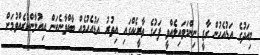
މިއަދުގެ އަޑުއެހުން ގާޒީ ނިންމަވައިލެއްވީ ފަހުގެ ތާރީޚެއްގައި އިތުރު އަޑުއެހުމެއް ބާއްވާނެކަން އިއުލާންކުރެއްވުމަށް